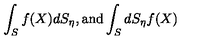
\int _ { S } f ( X ) d S _ { \eta } , \mathrm { a n d } \int _ { S } d S _ { \eta } f ( X )